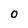
Character: 0